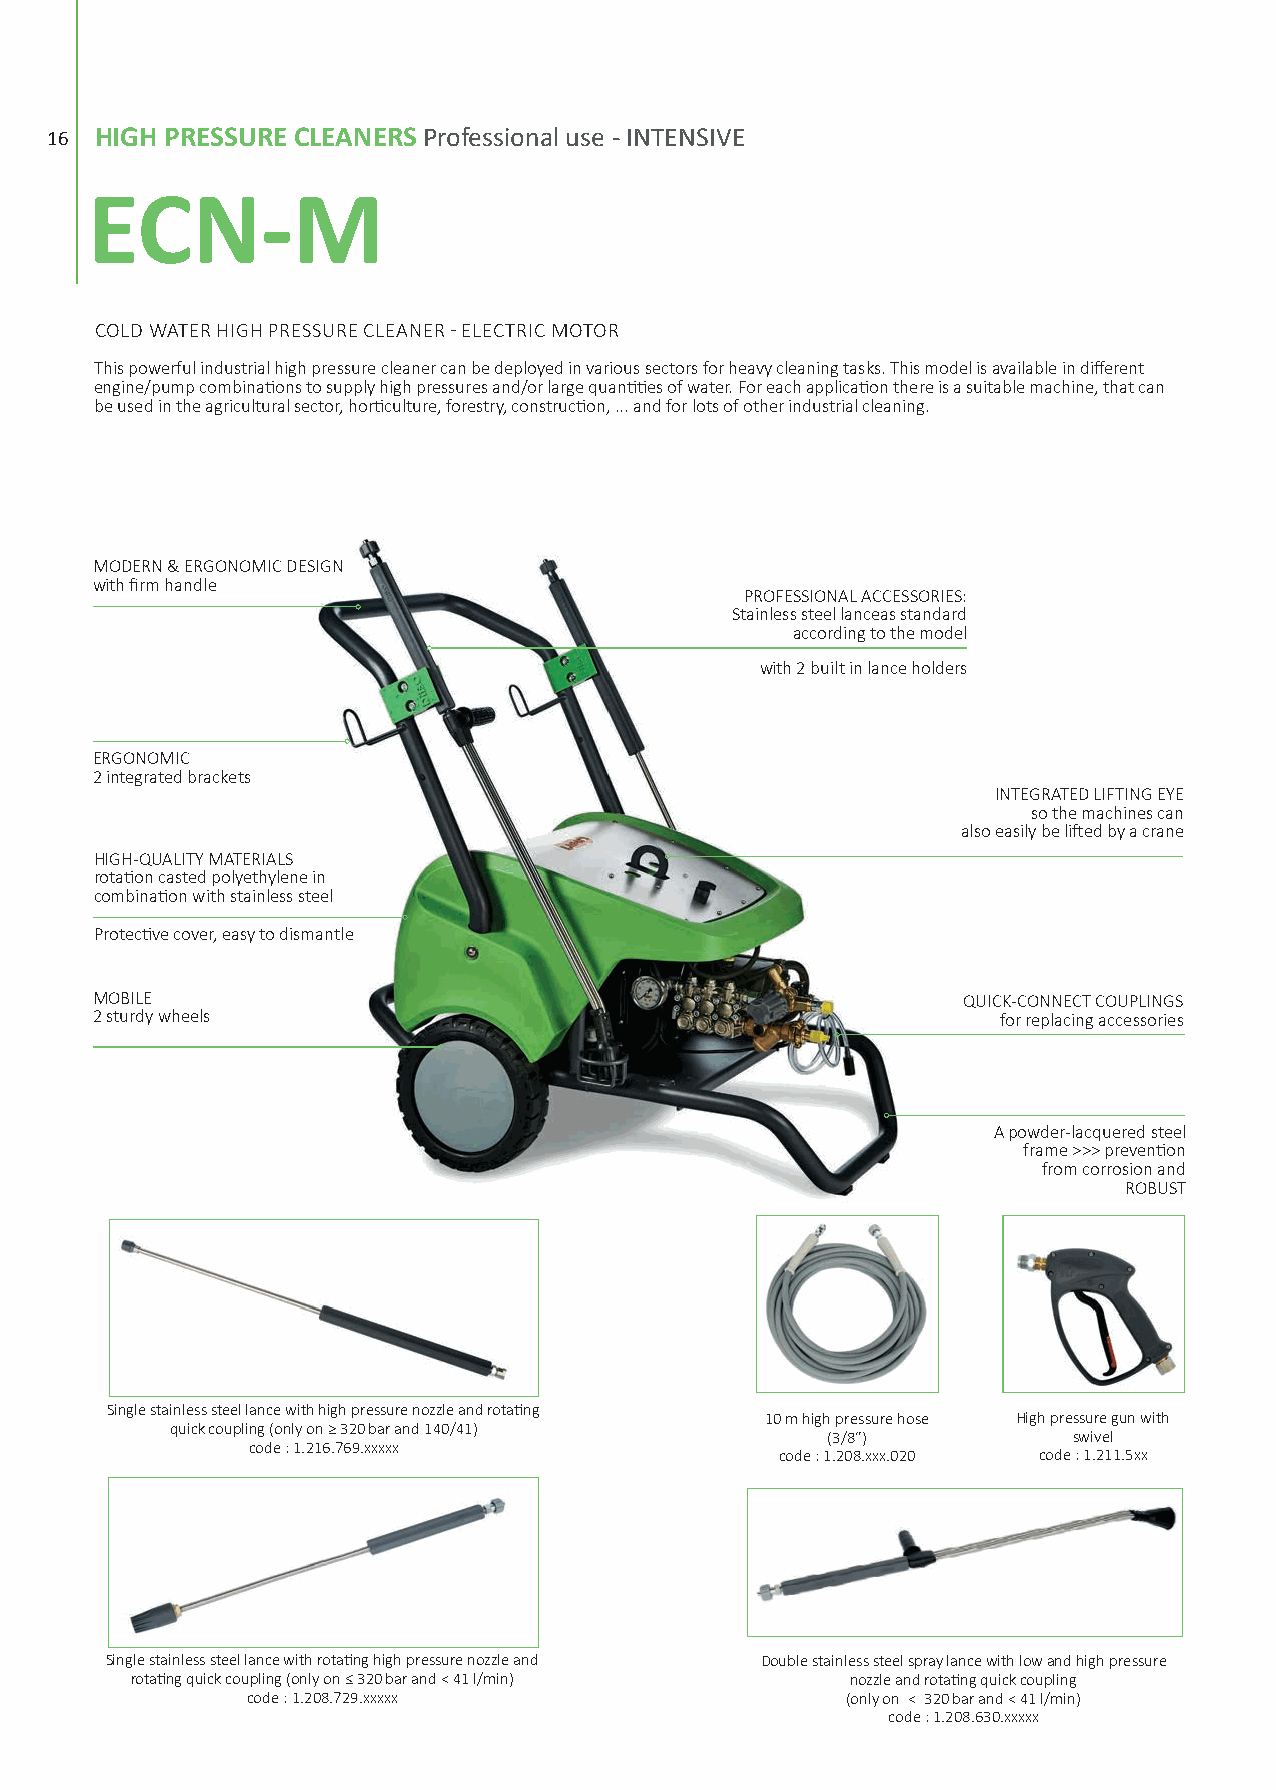
16 HHIIGGHH PPRREESSSSUURREE CCLLEEAANNEERRSS PPrrooffeessssiioonnaall uussee -- IINNTTEENNSSIIVVEE
 EECCNN--MM
 COLD WATER HIGH PRESSURE CLEANER - ELECTRIC MOTOR
 This powerful industrial high pressure cleaner can be deployed in various sectors for heavy cleaning tasks. This model is available in different
 engine/pump combinations to supply high pressures and/or large quantities of water. For each application there is a suitable machine, that can
 be used in the agricultural sector, horticulture, forestry, construction, ... and for lots of other industrial cleaning.
 MODERN & ERGONOMIC DESIGN
 with firm handle
 PROFESSIONAL ACCESSORIES:
 Stainless steel lanceas standard
 according to the model
 with 2 built in lance holders
 ERGONOMIC
 2 integrated brackets
 INTEGRATED LIFTING EYE
 so the machines can
 also easily be lifted by a crane
 HIGH-QUALITY MATERIALS
 rotation casted polyethylene in
 combination with stainless steel
 Protective cover, easy to dismantle
 MOBILE                                                    QUICK-CONNECT COUPLINGS
 2 sturdy wheels                                             for replacing accessories
 A powder-lacquered steel
 frame >>> prevention
 from corrosion and
 ROBUST
 Single stainless steel lance with high pressure nozzle and rotating
 10 m high pressure hose High pressure gun with
 quick coupling (only on ≥ 320 bar and 140/41)
 (3/8”)          swivel
 code : 1.216.769.xxxxx
 code : 1.208.xxx.020 code : 1.211.5xx
 Single stainless steel lance with rotating high pressure nozzle and Double stainless steel spray lance with low and high pressure
 rotating quick coupling (only on ≤ 320 bar and < 41 l/min) nozzle and rotating quick coupling
 code : 1.208.729.xxxxx                  (only on < 320 bar and < 41 l/min)
 code : 1.208.630.xxxxx